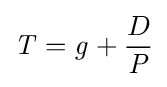
{\mathit {T}}={\mathit {g}}+{\frac {D}{\mathit {P}}}